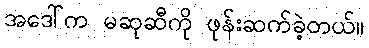
အဒေါ်က မဆုဆီကို ဖုန်းဆက်ခဲ့တယ်။